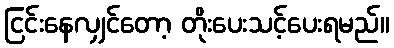
ငြင်းနေလျှင်တော့ တိုးပေးသင့်ပေးရမည်။